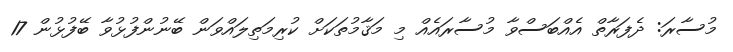
މުސާރަ: ދެފަރާތް އެއްބަސްވާ މުސާރައެއް މި މަޤާމުތަކަށް ކުރިމަތިލައްވަން ބޭނުންފުޅުވާ ބޭފުޅުން 17